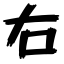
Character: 右